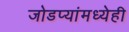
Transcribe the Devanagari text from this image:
जोडप्यांमध्येही